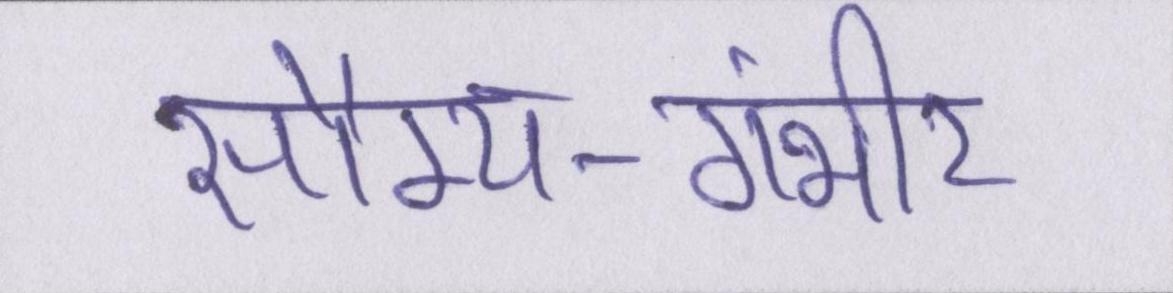
सौम्य-गंभीर